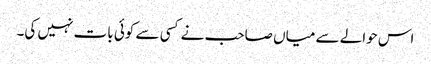
اس حوالے سے میاں صاحب نے کسی سے کوئی بات نہیں کی۔